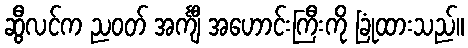
ဆွီလင်က ညဝတ် အင်္ကျီ အဟောင်းကြီးကို ခြုံထားသည်။